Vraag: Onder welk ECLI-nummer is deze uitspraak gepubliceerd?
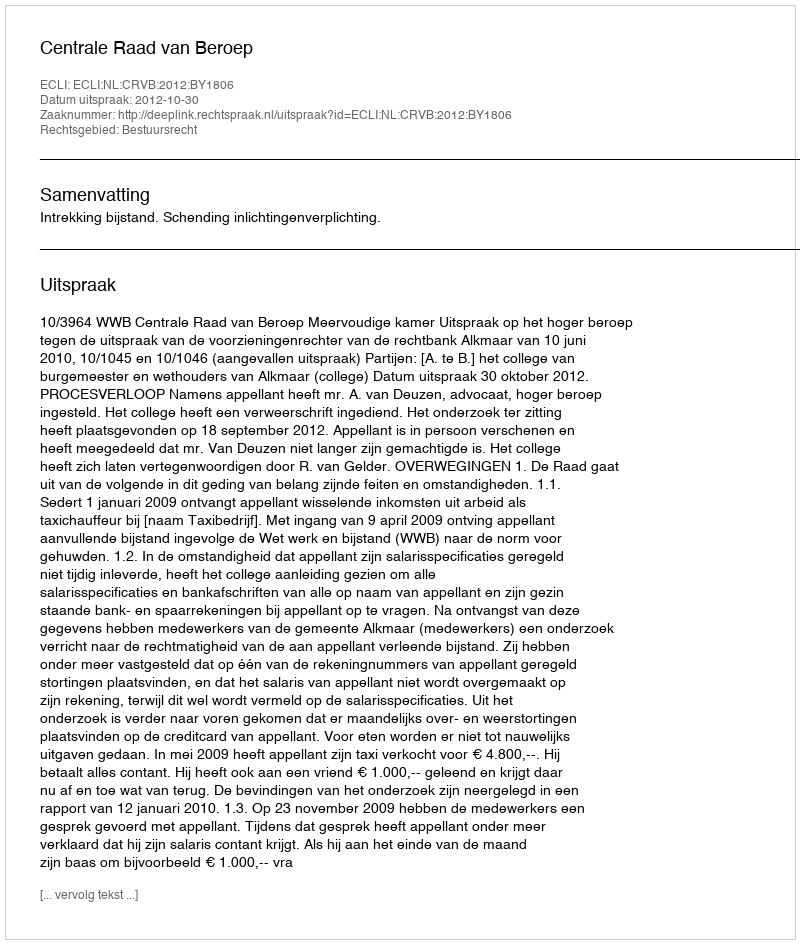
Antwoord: ECLI:NL:CRVB:2012:BY1806